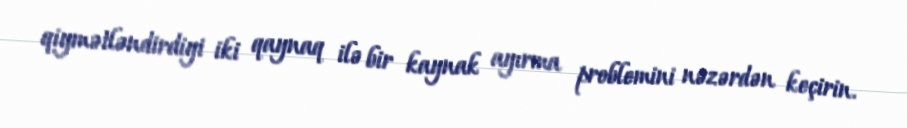
qiymətləndirdiyi iki qaynaq ilə bir kaynak ayırma problemini nəzərdən keçirin.